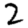
Digit: 2